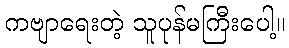
ကဗျာရေးတဲ့ သူပုန်မကြီးပေါ့။